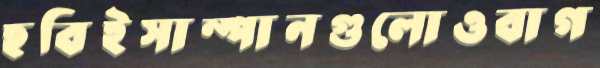
ছবিইসাম্পানগুলোওবাগ